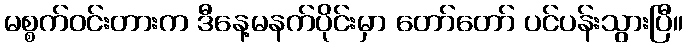
မစ္စက်ဝင်းတားက ဒီနေ့မနက်ပိုင်းမှာ တော်တော် ပင်ပန်းသွားပြီ။